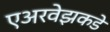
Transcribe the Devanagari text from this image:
एअरवेझकडे